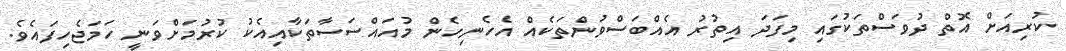
ކުރިއަށް އޮތް ދުވަސްތަކުގައި މިފަދަ އިތުރު އެއްބަސްވުންތަކެއް އެހެނިހެން މުއައްސަސާތަކާއިއެކު ކުރުމަށްވަނީ ހަމަޖެހިފައެވެ.